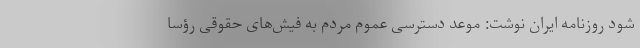
شود روزنامه ایران نوشت: موعد دسترسی عموم مردم به فیش‌های حقوقی رؤسا